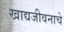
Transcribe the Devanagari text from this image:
खाद्यजीवनाचे